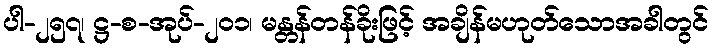
ပါ-၂၅၇၊ ဋ္ဌ-စ-အုပ်-၂၀၁၊ မန္တန်တန်ခိုးဖြင့် အချိန်မဟုတ်သောအခါတွင်